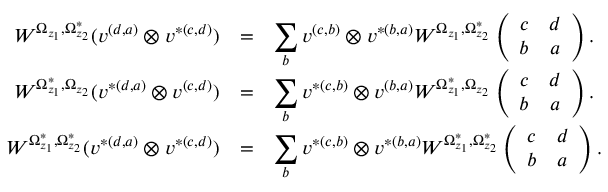
\begin{array} { r c l } { { W ^ { \Omega _ { z _ { 1 } } , \Omega _ { z _ { 2 } } ^ { * } } ( v ^ { ( d , a ) } \otimes v ^ { * ( c , d ) } ) } } & { { = } } & { { \displaystyle \sum _ { b } v ^ { ( c , b ) } \otimes v ^ { * ( b , a ) } W ^ { \Omega _ { z _ { 1 } } , \Omega _ { z _ { 2 } } ^ { * } } \left( \begin{array} { c c } { { c } } & { { d } } \\ { { b } } & { { a } } \end{array} \right) . } } \\ { { W ^ { \Omega _ { z _ { 1 } } ^ { * } , \Omega _ { z _ { 2 } } } ( v ^ { * ( d , a ) } \otimes v ^ { ( c , d ) } ) } } & { { = } } & { { \displaystyle \sum _ { b } v ^ { * ( c , b ) } \otimes v ^ { ( b , a ) } W ^ { \Omega _ { z _ { 1 } } ^ { * } , \Omega _ { z _ { 2 } } } \left( \begin{array} { c c } { { c } } & { { d } } \\ { { b } } & { { a } } \end{array} \right) . } } \\ { { W ^ { \Omega _ { z _ { 1 } } ^ { * } , \Omega _ { z _ { 2 } } ^ { * } } ( v ^ { * ( d , a ) } \otimes v ^ { * ( c , d ) } ) } } & { { = } } & { { \displaystyle \sum _ { b } v ^ { * ( c , b ) } \otimes v ^ { * ( b , a ) } W ^ { \Omega _ { z _ { 1 } } ^ { * } , \Omega _ { z _ { 2 } } ^ { * } } \left( \begin{array} { c c } { { c } } & { { d } } \\ { { b } } & { { a } } \end{array} \right) . } } \end{array}